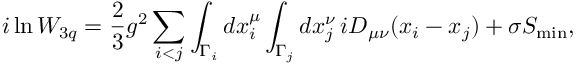
i \ln W _ { 3 q } = \frac { 2 } { 3 } g ^ { 2 } \sum _ { i < j } \int _ { \Gamma _ { i } } d x _ { i } ^ { \mu } \int _ { \Gamma _ { j } } d x _ { j } ^ { \nu } \, i D _ { \mu \nu } ( x _ { i } - x _ { j } ) + \sigma S _ { \operatorname * { m i n } } ,